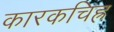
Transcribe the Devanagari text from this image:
कारकचिह्र